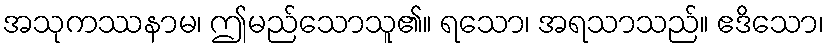
အသုကဿနာမ၊ ဤမည်သောသူ၏။ ရသော၊ အရသာသည်။ ဧဒိသော၊